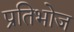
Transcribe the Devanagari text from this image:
प्रतिभोज